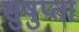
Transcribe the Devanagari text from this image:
सुषुप्ता